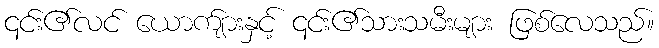
၎င်း၏လင် ယောက်ျားနှင့် ၎င်း၏သားသမီးများ ဖြစ်လေသည်။